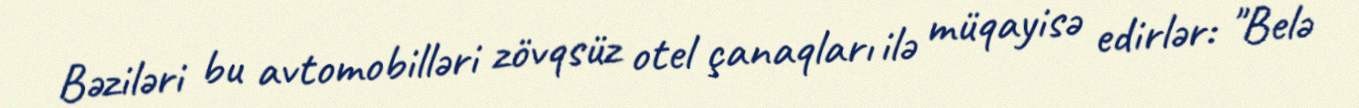
Bəziləri bu avtomobilləri zövqsüz otel çanaqları ilə müqayisə edirlər: "Belə